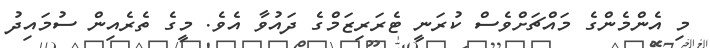
މި އެންމެންގެ މައްޗަށްވެސް ކުރަނީ ޓެރަރިޒަމްގެ ދައުވާ އެވެ. މީގެ ތެރެއިން ސުމައިދު